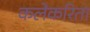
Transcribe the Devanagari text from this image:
कलेकरिता